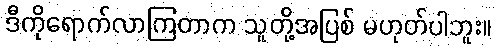
ဒီကိုရောက်လာကြတာက သူတို့အပြစ် မဟုတ်ပါဘူး။